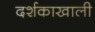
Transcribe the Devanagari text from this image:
दर्शकाखाली